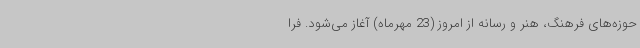
حوزه‌های فرهنگ، هنر و رسانه از امروز (23 مهرماه) آغاز می‌شود. فرا